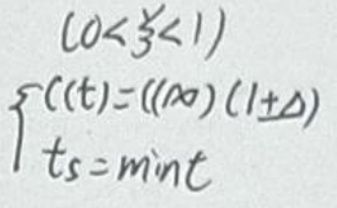
\[
\begin{cases}
0 < \xi < 1\\
f(t)=(t^x)(1+t)\\
t s = \min t
\end{cases}
\]